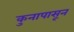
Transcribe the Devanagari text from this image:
कुनापासून